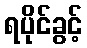
ရပိုင်ခွင့်